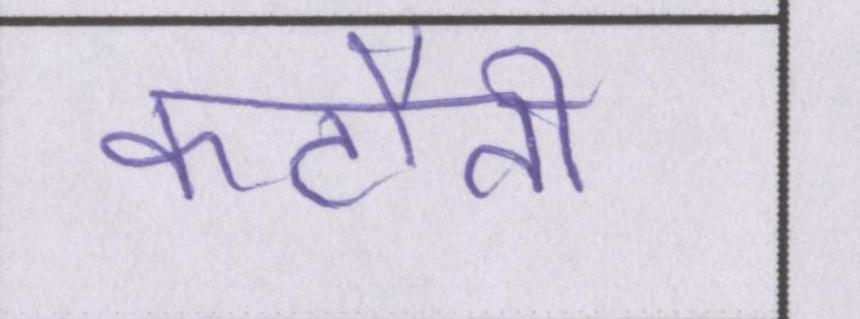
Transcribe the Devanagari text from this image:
कटौती